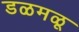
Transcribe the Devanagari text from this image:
डळमळू